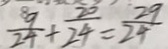
\frac { 9 } { 2 4 } + \frac { 2 0 } { 2 4 } = \frac { 2 9 } { 2 4 }